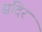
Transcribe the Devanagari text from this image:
सदिर